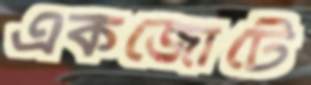
একজোটে